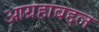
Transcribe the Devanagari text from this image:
आग्रहाबद्दल